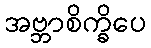
အဗ္ဘာစိက္ခိပေ